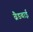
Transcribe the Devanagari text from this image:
ब्रैडबाई